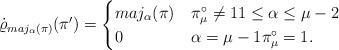
LaTeX: \begin{align*}\dot{\varrho}_{maj_{\alpha}(\pi)}(\pi^{\prime})=\begin{cases}maj_{\alpha}(\pi) & \pi_{\mu}^{\circ}\neq 11\leq\alpha\leq \mu-2 \\0 & \alpha=\mu-1\pi_{\mu}^{\circ}=1.\end{cases} \end{align*}